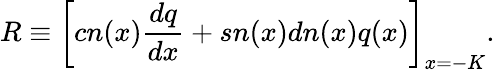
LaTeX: R\equiv\bigg[cn(x)\frac{dq}{dx}+sn(x)dn(x)q(x)\bigg]_{x=-K}.